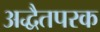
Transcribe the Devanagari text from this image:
अद्धैतपरक